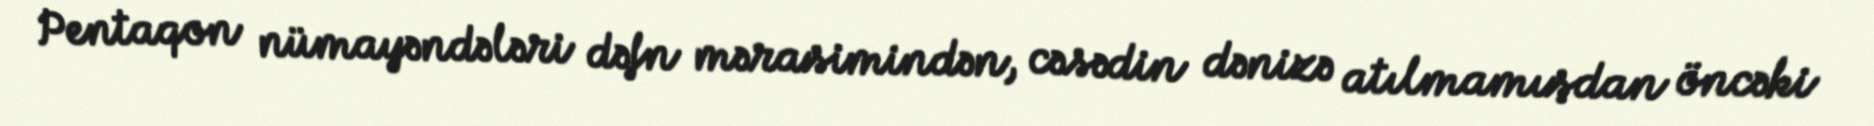
Pentaqon nümayəndələri dəfn mərasimindən, cəsədin dənizə atılmamışdan öncəki